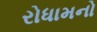
રોધામનો